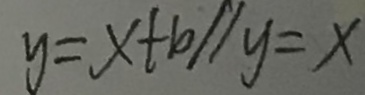
y = x + b / / y = x